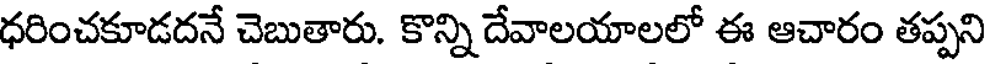
ధరించకూడదనే చెబుతారు. కొన్ని దేవాలయాలలో ఈ ఆచారం తప్పని